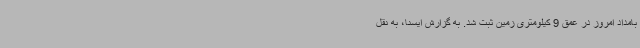
بامداد امروز در عمق 9 کیلومتری زمین ثبت شد. به گزارش ایسنا، به نقل